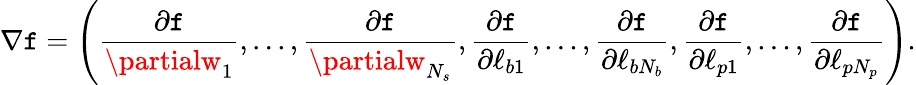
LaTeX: \nabla\mathtt{f}=\left(\frac{{\partial\mathtt{f}}}{{\partialw_{1}}},...,\frac{{\partial\mathtt{f}}}{{\partialw_{N_{s}}}},\frac{{\partial\mathtt{f}}}{{\partial\ell_{b1}}},...,\frac{{\partial\mathtt{f}}}{{\partial\ell_{bN_{b}}}},\frac{{\partial\mathtt{f}}}{{\partial\ell_{p1}}},...,\frac{{\partial\mathtt{f}}}{{\partial\ell_{pN_{p}}}}\right).